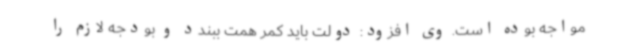
مواجه بوده است. وی افزود: دولت باید کمر همت ببندد و بودجه لازم را